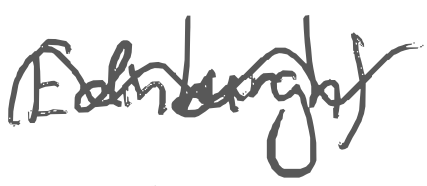
Text: Edinburgh)
Cross-out: wave
Writing tool: digital_gray